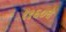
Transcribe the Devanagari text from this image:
१९६०चे